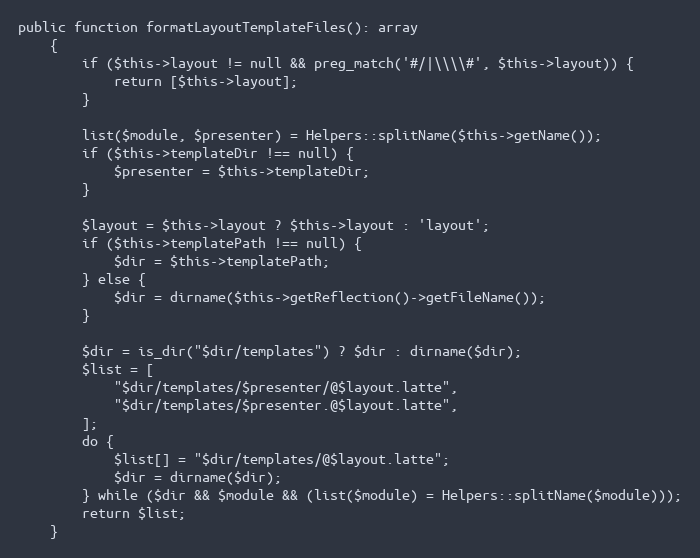
Language: PHP
public function formatLayoutTemplateFiles(): array
	{
		if ($this->layout != null && preg_match('#/|\\\\#', $this->layout)) {
			return [$this->layout];
		}

		list($module, $presenter) = Helpers::splitName($this->getName());
		if ($this->templateDir !== null) {
			$presenter = $this->templateDir;
		}

		$layout = $this->layout ? $this->layout : 'layout';
		if ($this->templatePath !== null) {
			$dir = $this->templatePath;
		} else {
			$dir = dirname($this->getReflection()->getFileName());
		}

		$dir = is_dir("$dir/templates") ? $dir : dirname($dir);
		$list = [
			"$dir/templates/$presenter/@$layout.latte",
			"$dir/templates/$presenter.@$layout.latte",
		];
		do {
			$list[] = "$dir/templates/@$layout.latte";
			$dir = dirname($dir);
		} while ($dir && $module && (list($module) = Helpers::splitName($module)));
		return $list;
	}